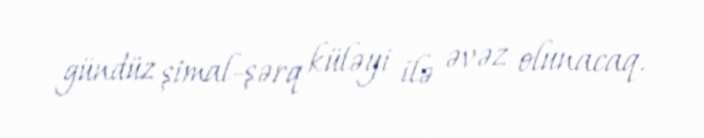
gündüz şimal-şərq küləyi ilə əvəz olunacaq.